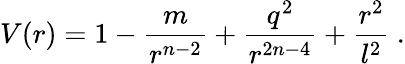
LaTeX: V(r)=1-\frac{m}{r^{n-2}}+\frac{q^{2}}{r^{2n-4}}+\frac{r^{2}}{l^{2}}\ .